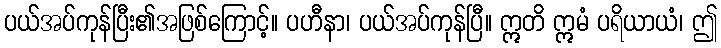
ပယ်အပ်ကုန်ပြီး၏အဖြစ်ကြောင့်။ ပဟီနာ၊ ပယ်အပ်ကုန်ပြီ။ ဣတိ ဣမံ ပရိယာယံ၊ ဤ